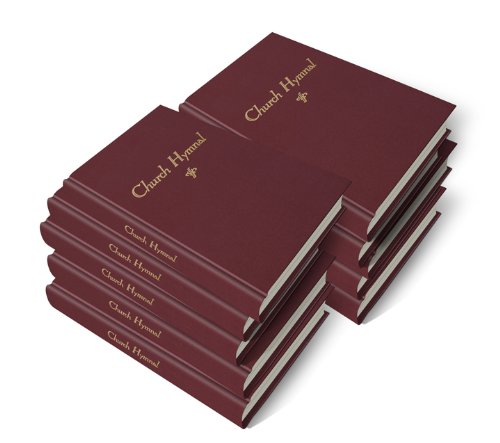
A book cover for Church Hymnal (Maroon) Multipack, 10 Per Pack; Various; Christian Books & Bibles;